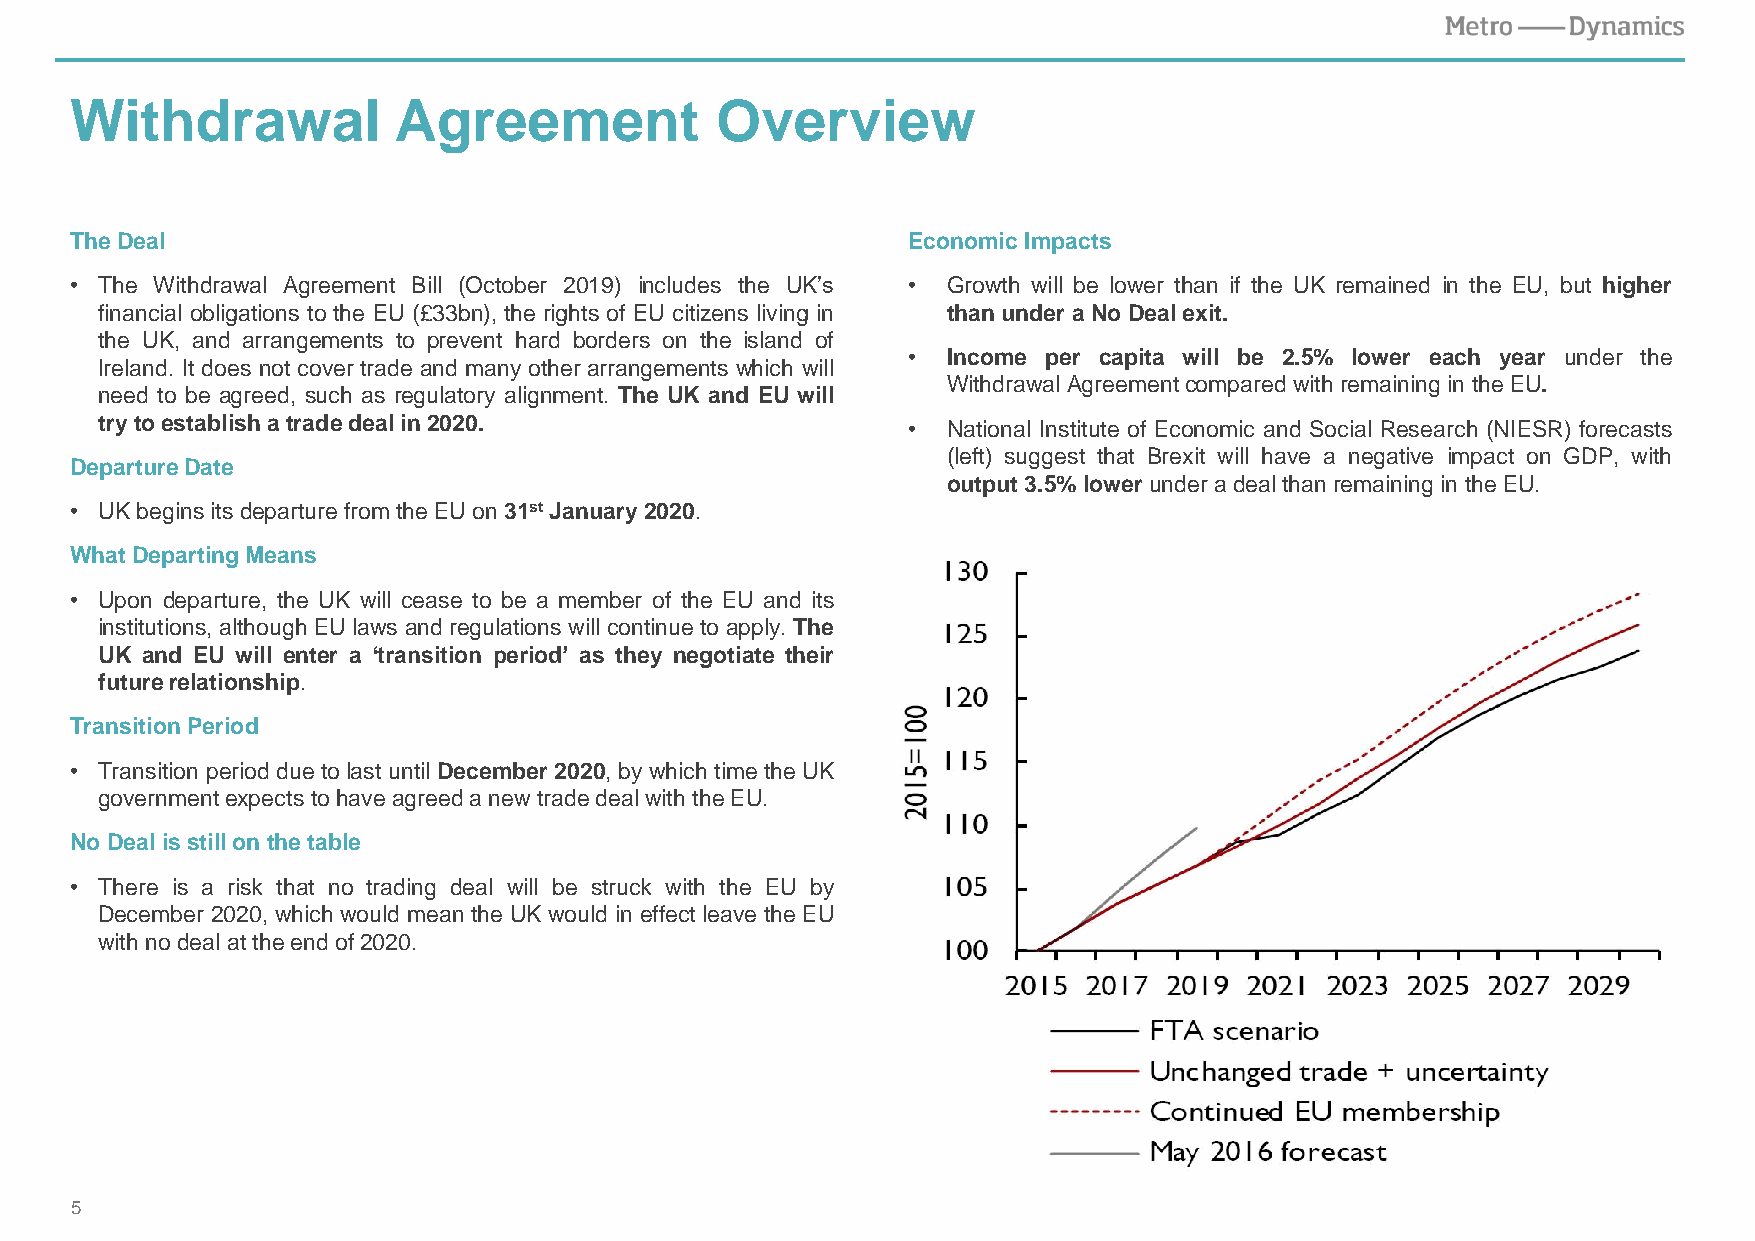
Withdrawal           Agreement            Overview
 The Deal                                               Economic Impacts
 • The Withdrawal Agreement Bill (October 2019) includes the UK’s • Growth will be lower than if the UK remained in the EU, but higher
 financial obligations to the EU (£33bn), the rights of EU citizens living in thanunderaNo Deal exit.
 the UK, and arrangements to prevent hard borders on the island of
 •  Income per capita will be 2.5% lower each year under the
 Ireland. It does not cover trade and many other arrangements which will
 WithdrawalAgreementcomparedwith remainingin theEU.
 need to be agreed, such as regulatory alignment. The UK and EU will
 trytoestablishatradedealin2020.                       •  National Institute of Economic and Social Research (NIESR) forecasts
 (left) suggest that Brexit will have a negative impact on GDP, with
 DepartureDate
 output3.5%lowerunder adeal thanremainingin theEU.
 • UK beginsits departurefromtheEU on31st January2020.
 WhatDepartingMeans
 • Upon departure, the UK will cease to be a member of the EU and its
 institutions, although EUlaws and regulations will continueto apply. The
 UK and EU will enter a ‘transition period’ as they negotiate their
 futurerelationship.
 TransitionPeriod
 • Transition period dueto last until December 2020, bywhich time the UK
 governmentexpects tohave agreedanew tradedealwith theEU.
 No Deal isstillonthetable
 • There is a risk that no trading deal will be struck with the EU by
 December 2020, which would mean the UK would in effect leave the EU
 with nodeal attheendof2020.
 5